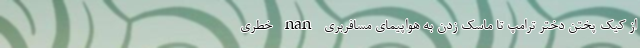
از کیک پختن دختر ترامپ تا ماسک زدن به هواپیمای مسافربری nan خطری